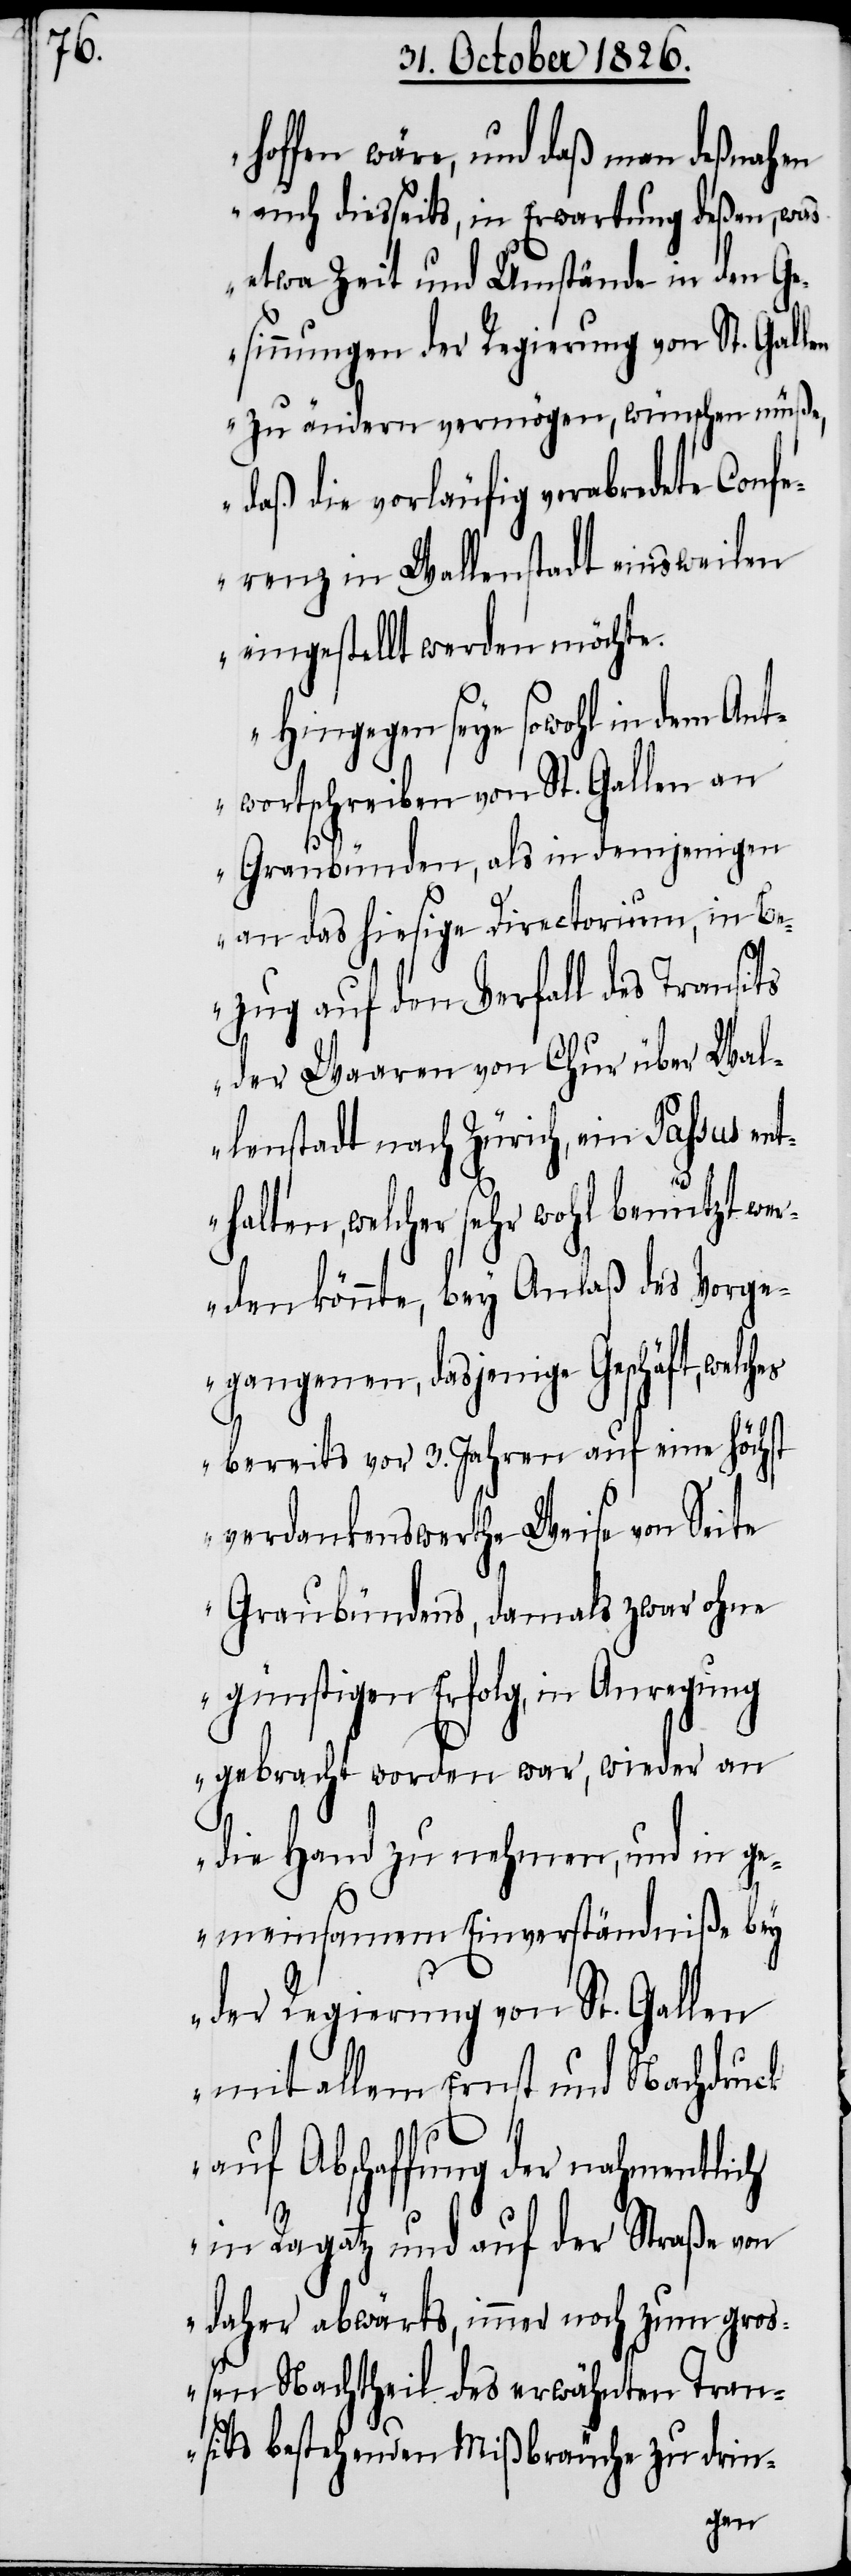
hoffen wäre, und daß man deßnahen
auch diesseits, in Erwartung deßen, was
etwa Zeit und Umstände in den Ge¬
sinnungen der Regierung von St. Gallen
zu ändern vermögen, wünschen müße,
daß die vorläufig verabredete Conf¬
erenz in Wallenstadt einsweilen
eingestellt werden möchte.
Hingegen seye sowohl in dem Ant¬
wortschreiben von St. Gallen an
Graubünden, als in demjenigen
an das hiesige Directorium, in Be¬
zug auf den Verfall des Transits
der Waaren von Chur über Wal¬
lenstadt nach Zürich, ein Passus ent¬
halten, welcher sehr wohl benutzt wer¬
den könnte, bey Anlaß des Vorge¬
gangenen, dasjenige Geschäft, welch¬
es bereits vor 3. Jahren auf eine Höchst
verdankenswerthe Weise von Seite
Graubündens, damals zwar ohne
günstigen Erfolg, in Anregung
gebracht worden war, wieder an
die Hand zu nehmen, und in ge¬
meinsamem Einverständniße bey
der Regierung von St. Gallen
mit allem Ernst und Nachdruck
auf Abschaffung der nahmentlich
in Ragatz und auf der Straße von
daher abwärts, immer noch zum gro¬
ßen Nachtheil des erwähnten Tran¬
sits bestehenden Mißbräuche zu drin-